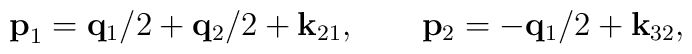
{\bf p}_1 = {\bf q}_{1}/2+{\bf q}_{2}/2+{\bf k}_{21}, \qquad{\bf p}_2 = -{\bf q}_{1}/2+{\bf k}_{32},